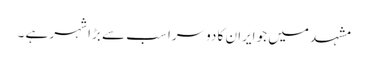
مشہد میں جو ایران کا دوسرا سب سے بڑا شہر ہے ۔